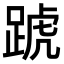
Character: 𨂜